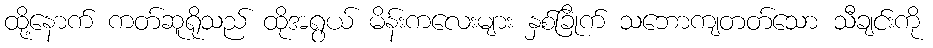
ထို့နောက် ကတ်ဆူရိုသည် ထိုအရွယ် မိန်းကလေးများ နှစ်ခြိုက် သဘောကျတတ်သော သီချင်းကို